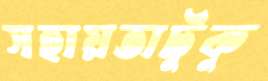
সহায়তাটুকু